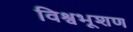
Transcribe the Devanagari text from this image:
विश्वभूशण